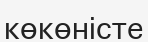
көкөністе